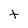
Character: t